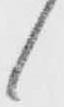
候